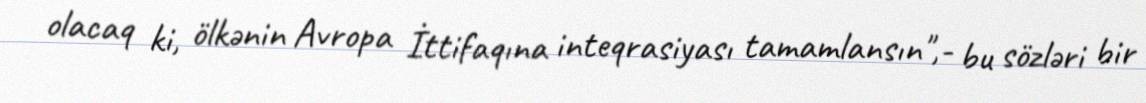
olacaq ki, ölkənin Avropa İttifaqına inteqrasiyası tamamlansın",- bu sözləri bir